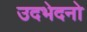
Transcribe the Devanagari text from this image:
उदभेदनो